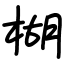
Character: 楜